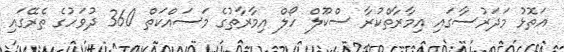
އަތޮޅު މަދަރުސާގައި އިމާރާތްކުރާ ސްކޫލް ހޯލް އިމާރާތުގެ މަސައްކަތް 360 ދުވަހުގެ ތެރޭގައި